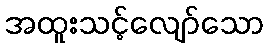
အထူးသင့်လျော်သော